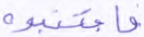
فاجتنبوه